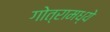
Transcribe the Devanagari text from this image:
गोत्रामध्ये